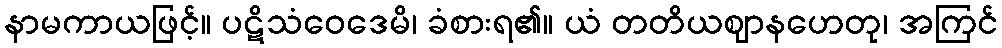
နာမကာယဖြင့်။ ပဋိသံဝေဒေမိ၊ ခံစားရ၏။ ယံ တတိယဈာနဟေတု၊ အကြင်